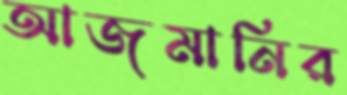
আজমানির